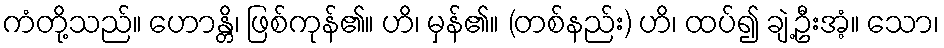
ကံတို့သည်။ ဟောန္တိ၊ ဖြစ်ကုန်၏။ ဟိ၊ မှန်၏။ (တစ်နည်း) ဟိ၊ ထပ်၍ ချဲ့ဦးအံ့။ သော၊